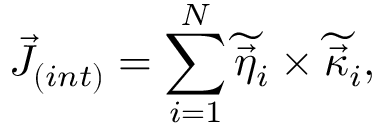
{ \cal \vec { J } } _ { ( i n t ) } = \sum _ { i = 1 } ^ { N } \widetilde { \vec { \eta } _ { i } } \times \widetilde { \vec { \kappa } _ { i } } ,